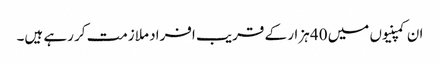
ان کمپنیوں میں 40 ہزار کے قریب افراد ملازمت کر رہے ہیں۔